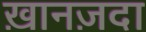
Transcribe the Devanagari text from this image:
ख़ानज़दा